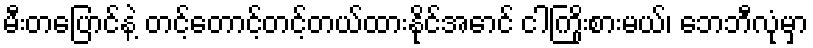
မီးတပြောင်နဲ့ တင့်တောင့်တင့်တယ်ထားနိုင်အောင် ငါကြိုးစားမယ်၊ ဘေဘီလုံမှာ